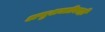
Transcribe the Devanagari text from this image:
अणुशक्तीवरही